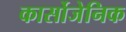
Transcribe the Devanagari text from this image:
कार्सोजेनिक